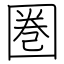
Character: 圏